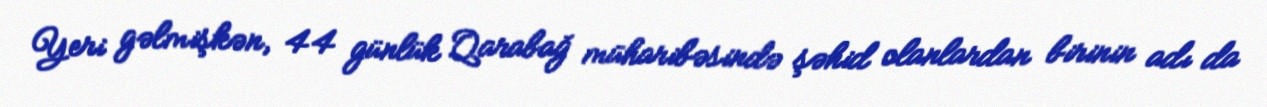
Yeri gəlmişkən, 44 günlük Qarabağ müharibəsində şəhid olanlardan birinin adı da